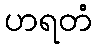
ဟရတံ